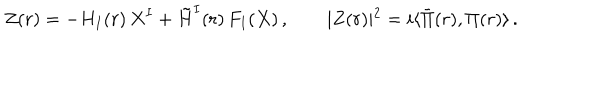
LaTeX: Z ( r ) = - H _ { I } ( r ) \, X ^ { I } + \tilde { H } ^ { I } ( r ) \, F _ { I } ( X ) \, , \qquad \vert Z ( r ) \vert ^ { 2 } = i \langle \bar { \Pi } ( r ) , \Pi ( r ) \rangle \, .